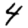
Digit: 4